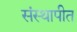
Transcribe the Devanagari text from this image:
संस्थापीत